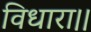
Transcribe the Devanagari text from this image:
विधारा।।